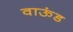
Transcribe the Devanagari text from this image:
वाऊंड